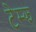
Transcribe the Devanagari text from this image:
टेम्झ